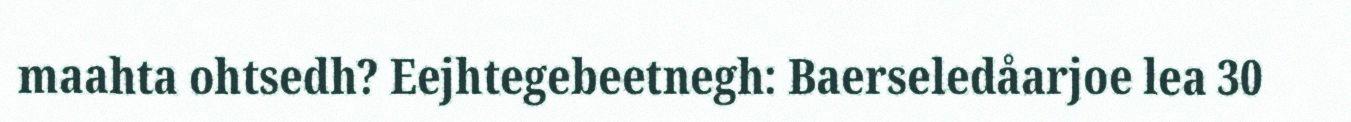
maahta ohtsedh? Eejhtegebeetnegh: Baerseledåarjoe lea 30